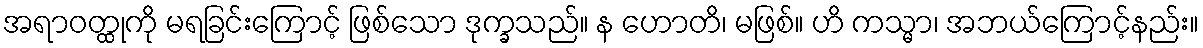
အရာဝတ္ထုကို မရခြင်းကြောင့် ဖြစ်သော ဒုက္ခသည်။ န ဟောတိ၊ မဖြစ်။ ဟိ ကသ္မာ၊ အဘယ်ကြောင့်နည်း။